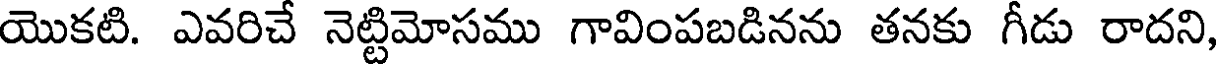
యొకటి. ఎవరిచే నెట్టిమోసము గావింపబడినను తనకు గీడు రాదని,